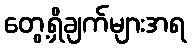
တွေ့ရှိချက်များအရ